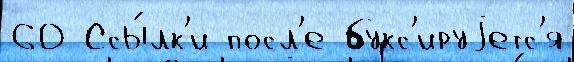
60 Ссы́лк'и посл'е букс'ируjетс'я